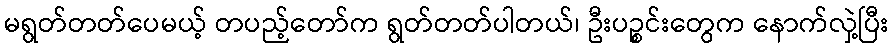
မရွတ်တတ်ပေမယ့် တပည့်တော်က ရွတ်တတ်ပါတယ်၊ ဦးပဉ္စင်းတွေက နောက်လှဲ့ပြီး